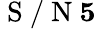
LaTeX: \mathrm{~S~/~N~}\le 5